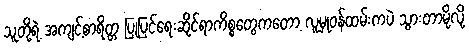
သူတို့ရဲ့ အကျင့်စာရိတ္တ ပြုပြင်ရေးဆိုင်ရာကိစ္စတွေကတော့ လူမှုဝန်ထမ်းကပဲ သွားတာမို့လို့